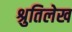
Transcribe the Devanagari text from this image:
श्रुतिलेख